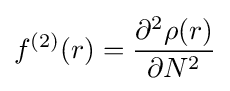
f^{(2)}(r)={\frac {\partial ^{2}\rho (r)}{\partial N^{2}}}